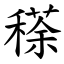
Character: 䅷